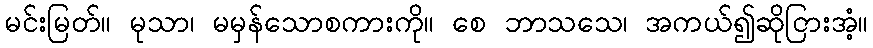
မင်းမြတ်။ မုသာ၊ မမှန်သောစကားကို။ စေ ဘာသသေ၊ အကယ်၍ဆိုငြားအံ့။